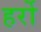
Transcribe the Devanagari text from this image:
हर्रो